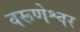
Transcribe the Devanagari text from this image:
वरूणेश्वर